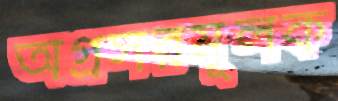
অগ্রসরমূলক